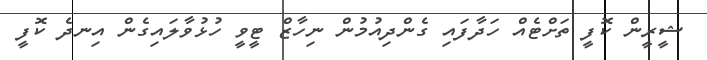
ޝީރީން ކޮފީ ތަށްޓެއްް ހަދާފައި ގެންދިއުމުން ނިހާޒް ޓީވީ ހުޅުވާލައިގެން އިނދެ ކޮފީ